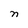
Character: n